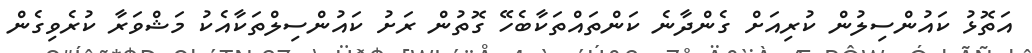
އަތޮޅު ކައުންސިލުން ކުރިއަށް ގެންދާނެ ކަންތައްތަކާބެހޭ ގޮތުން ރަށު ކައުންސިލްތަކާއެކު މަޝްވަރާ ކުރެވިގެން